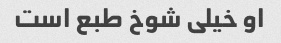
او خیلی شوخ طبع است